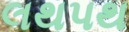
લથપથ